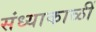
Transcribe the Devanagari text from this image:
संध्याकाळीं